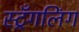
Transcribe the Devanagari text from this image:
स्ट्रँगलिंग